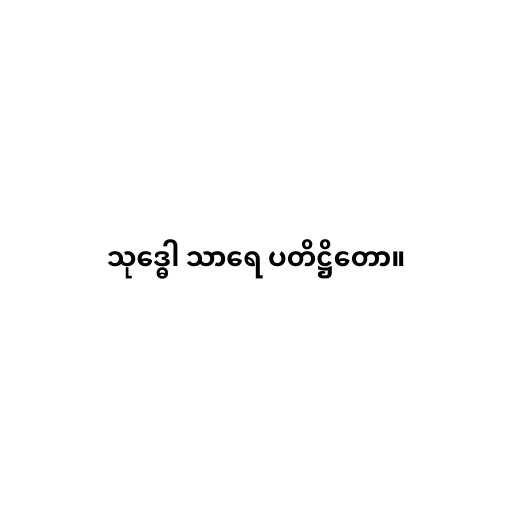
သုဒ္ဓေါ သာရေ ပတိဋ္ဌိတော။